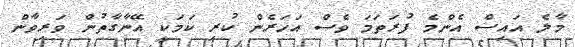
މާލެ އައިސް އެންމެ ފުރަތަމަ ވެސް އަހަރެން ކުރި ކަމަކީ އޭނާގާތުން ވަރިވާން